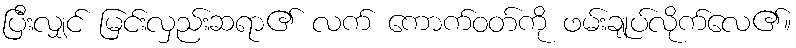
ပြီးလျှင် မြင်းလှည်းဆရာ၏ လက် ကောက်ဝတ်ကို ဖမ်းချုပ်လိုက်လေ၏။